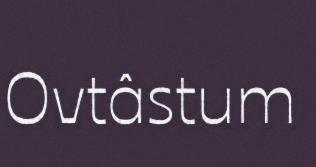
Ovtâstum